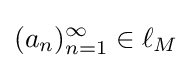
(a_{n})_{n=1}^{\infty }\in \ell _{M}